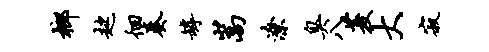
榔趑徊奏罅嵩潦臭八菱大寂